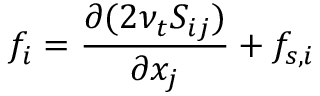
f _ { i } = \frac { \partial ( 2 \nu _ { t } S _ { i j } ) } { \partial x _ { j } } + f _ { s , i }